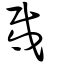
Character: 𢦟